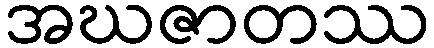
အဃဇာတဿ